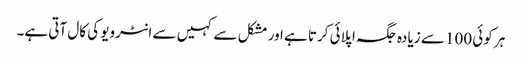
ہر کوئی 100 سے زیادہ جگہ اپلائی کرتا ہے اور مشکل سے کہیں سے انٹرویو کی کال آتی ہے۔